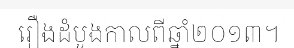
រឿងដំបូងកាលពីឆ្នាំ២០១៣។